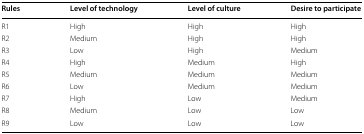
<table><thead><tr><td><b>Rules</b></td><td><b>Level of technology</b></td><td><b>Level of culture</b></td><td><b>Desire to participate</b></td></tr></thead><tbody><tr><td>R1</td><td>High</td><td>High</td><td>High</td></tr><tr><td>R2</td><td>Medium</td><td>High</td><td>High</td></tr><tr><td>R3</td><td>Low</td><td>High</td><td>Medium</td></tr><tr><td>R4</td><td>High</td><td>Medium</td><td>High</td></tr><tr><td>R5</td><td>Medium</td><td>Medium</td><td>Medium</td></tr><tr><td>R6</td><td>Low</td><td>Medium</td><td>Medium</td></tr><tr><td>R7</td><td>High</td><td>Low</td><td>Medium</td></tr><tr><td>R8</td><td>Medium</td><td>Low</td><td>Low</td></tr><tr><td>R9</td><td>Low</td><td>Low</td><td>Low</td></tr></tbody></table>